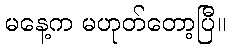
မနေ့က မဟုတ်တော့ပြီ။